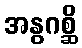
အနွဂစ္ဆိ